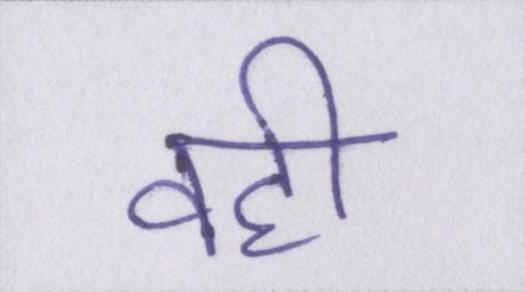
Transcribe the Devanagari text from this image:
वही